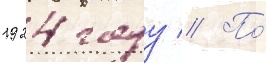
1924 году // По́